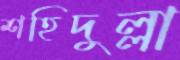
শহিদুল্লা